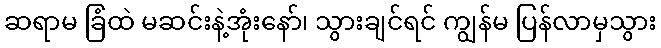
ဆရာမ ခြံထဲ မဆင်းနဲ့အုံးနော်၊ သွားချင်ရင် ကျွန်မ ပြန်လာမှသွား